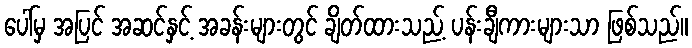
ပေါ်မှ အပြင် အဆင်နှင့် အခန်းများတွင် ချိတ်ထားသည့် ပန်းချီကားများသာ ဖြစ်သည်။